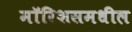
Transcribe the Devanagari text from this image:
मॉरिशसमधील